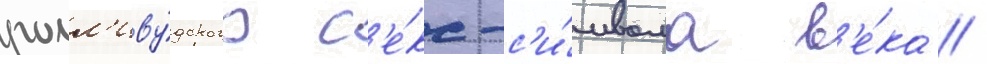
голл'иву́дского с'е́кс-с'и́мвола в'е́ка //